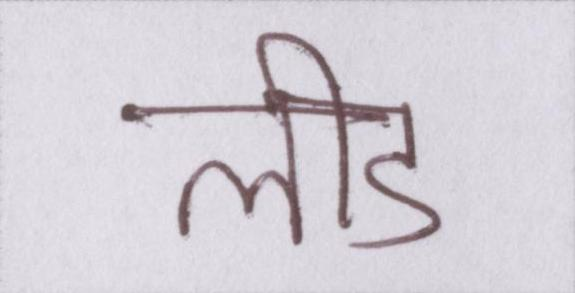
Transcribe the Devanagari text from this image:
लीड